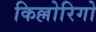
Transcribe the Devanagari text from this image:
किल्लोरिगो